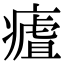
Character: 𤹡